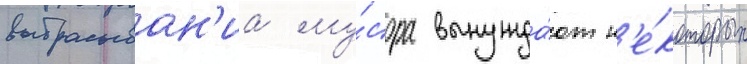
выбрасыван'иа му́сора вынужда́ют н'е́которых